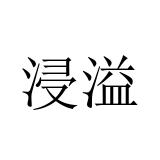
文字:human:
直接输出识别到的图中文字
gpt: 浸溢